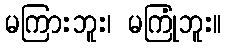
မကြားဘူး၊ မကြုံဘူး။